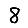
Digit: 8